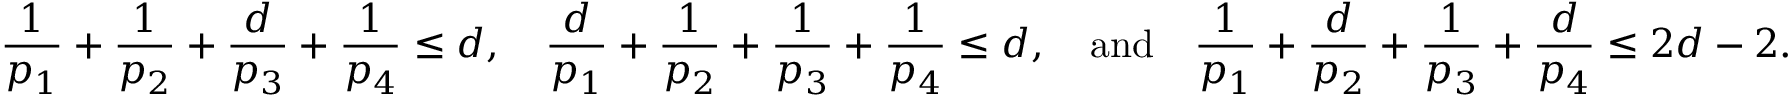
\frac { 1 } { p _ { 1 } } + \frac { 1 } { p _ { 2 } } + \frac { d } { p _ { 3 } } + \frac { 1 } { p _ { 4 } } \le d , \quad \frac { d } { p _ { 1 } } + \frac { 1 } { p _ { 2 } } + \frac { 1 } { p _ { 3 } } + \frac { 1 } { p _ { 4 } } \le d , \quad \mathrm { a n d } \quad \frac { 1 } { p _ { 1 } } + \frac { d } { p _ { 2 } } + \frac { 1 } { p _ { 3 } } + \frac { d } { p _ { 4 } } \le 2 d - 2 .